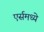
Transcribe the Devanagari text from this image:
एर्समध्ये